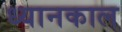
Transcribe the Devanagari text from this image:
ध्यानकाल